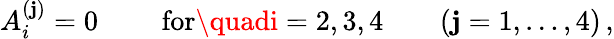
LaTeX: A_{i}^{(\mathbf{j})}=0\qquad\mathrm{{~for}}\quadi=2,3,4\qquad(\mathbf{j}=1,\dots,4)\, ,